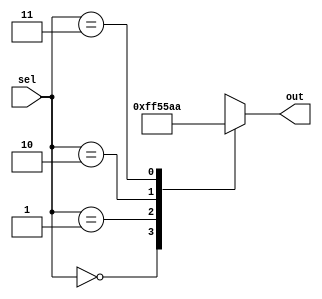
module parallel_case_statement (
    input [1:0] sel,
    output reg [7:0] out
);

always @*
begin
    case (sel)
        2'b00: out = 8'b00000000; // if sel is 00, assign 00000000 to out
        2'b01: out = 8'b11111111; // if sel is 01, assign 11111111 to out
        2'b10: out = 8'b01010101; // if sel is 10, assign 01010101 to out
        2'b11: out = 8'b10101010; // if sel is 11, assign 10101010 to out
        default: out = 8'b00000000; // default case
    endcase
end

endmodule